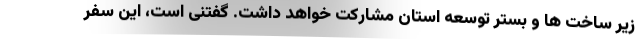
زیر ساخت ها و بستر توسعه استان مشارکت خواهد داشت. گفتنی است، این سفر